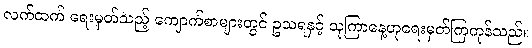
လက်ထက် ရေးမှတ်သည့် ကျောက်စာများတွင် ဥသရနှင့် သုကြာနေ့ဟုရေးမှတ်ကြကုန်သည်။